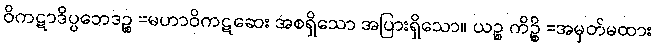
ဝိကဋာဒိပ္ပဘေဒဉ္စ =မဟာဝိကဋဆေး အစရှိသော အပြားရှိသော။ ယဉ္စ ကိဉ္စိ =အမှတ်မထား